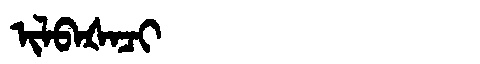
Manchu: ᡳᠯᠪᠠᡧᠠᠴᡳ
Romanization: ILBAŠACI